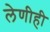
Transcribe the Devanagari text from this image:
लेणीही